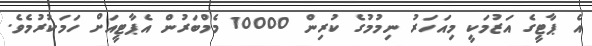
އެ ޕާޓީގެ އަޒުމަކީ މިއަހަރު ނިމުމުގެ ކުރިން 10000 މެމްބަރުން އެޕާޓީއަށް ހަމަކުރުމެވެ.